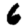
Digit: 6